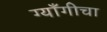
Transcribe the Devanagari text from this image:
ग्याँगीचा